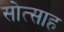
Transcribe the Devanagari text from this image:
सोत्साह